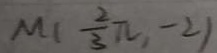
M ( \frac { 2 } { 3 } \pi , - 2 )